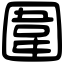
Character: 圍